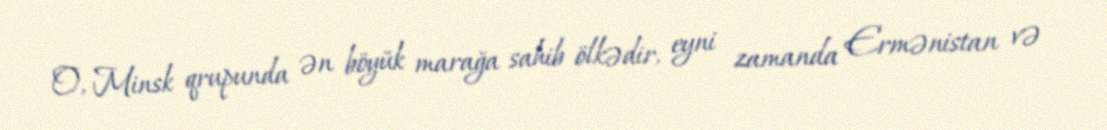
O, Minsk qrupunda ən böyük marağa sahib ölkədir, eyni zamanda Ermənistan və